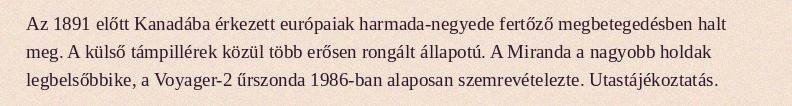
Az 1891 előtt Kanadába érkezett európaiak harmada-negyede fertőző megbetegedésben halt meg. A külső támpillérek közül több erősen rongált állapotú. A Miranda a nagyobb holdak legbelsőbbike, a Voyager-2 űrszonda 1986-ban alaposan szemrevételezte. Utastájékoztatás.